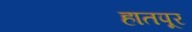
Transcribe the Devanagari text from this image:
हातपूर